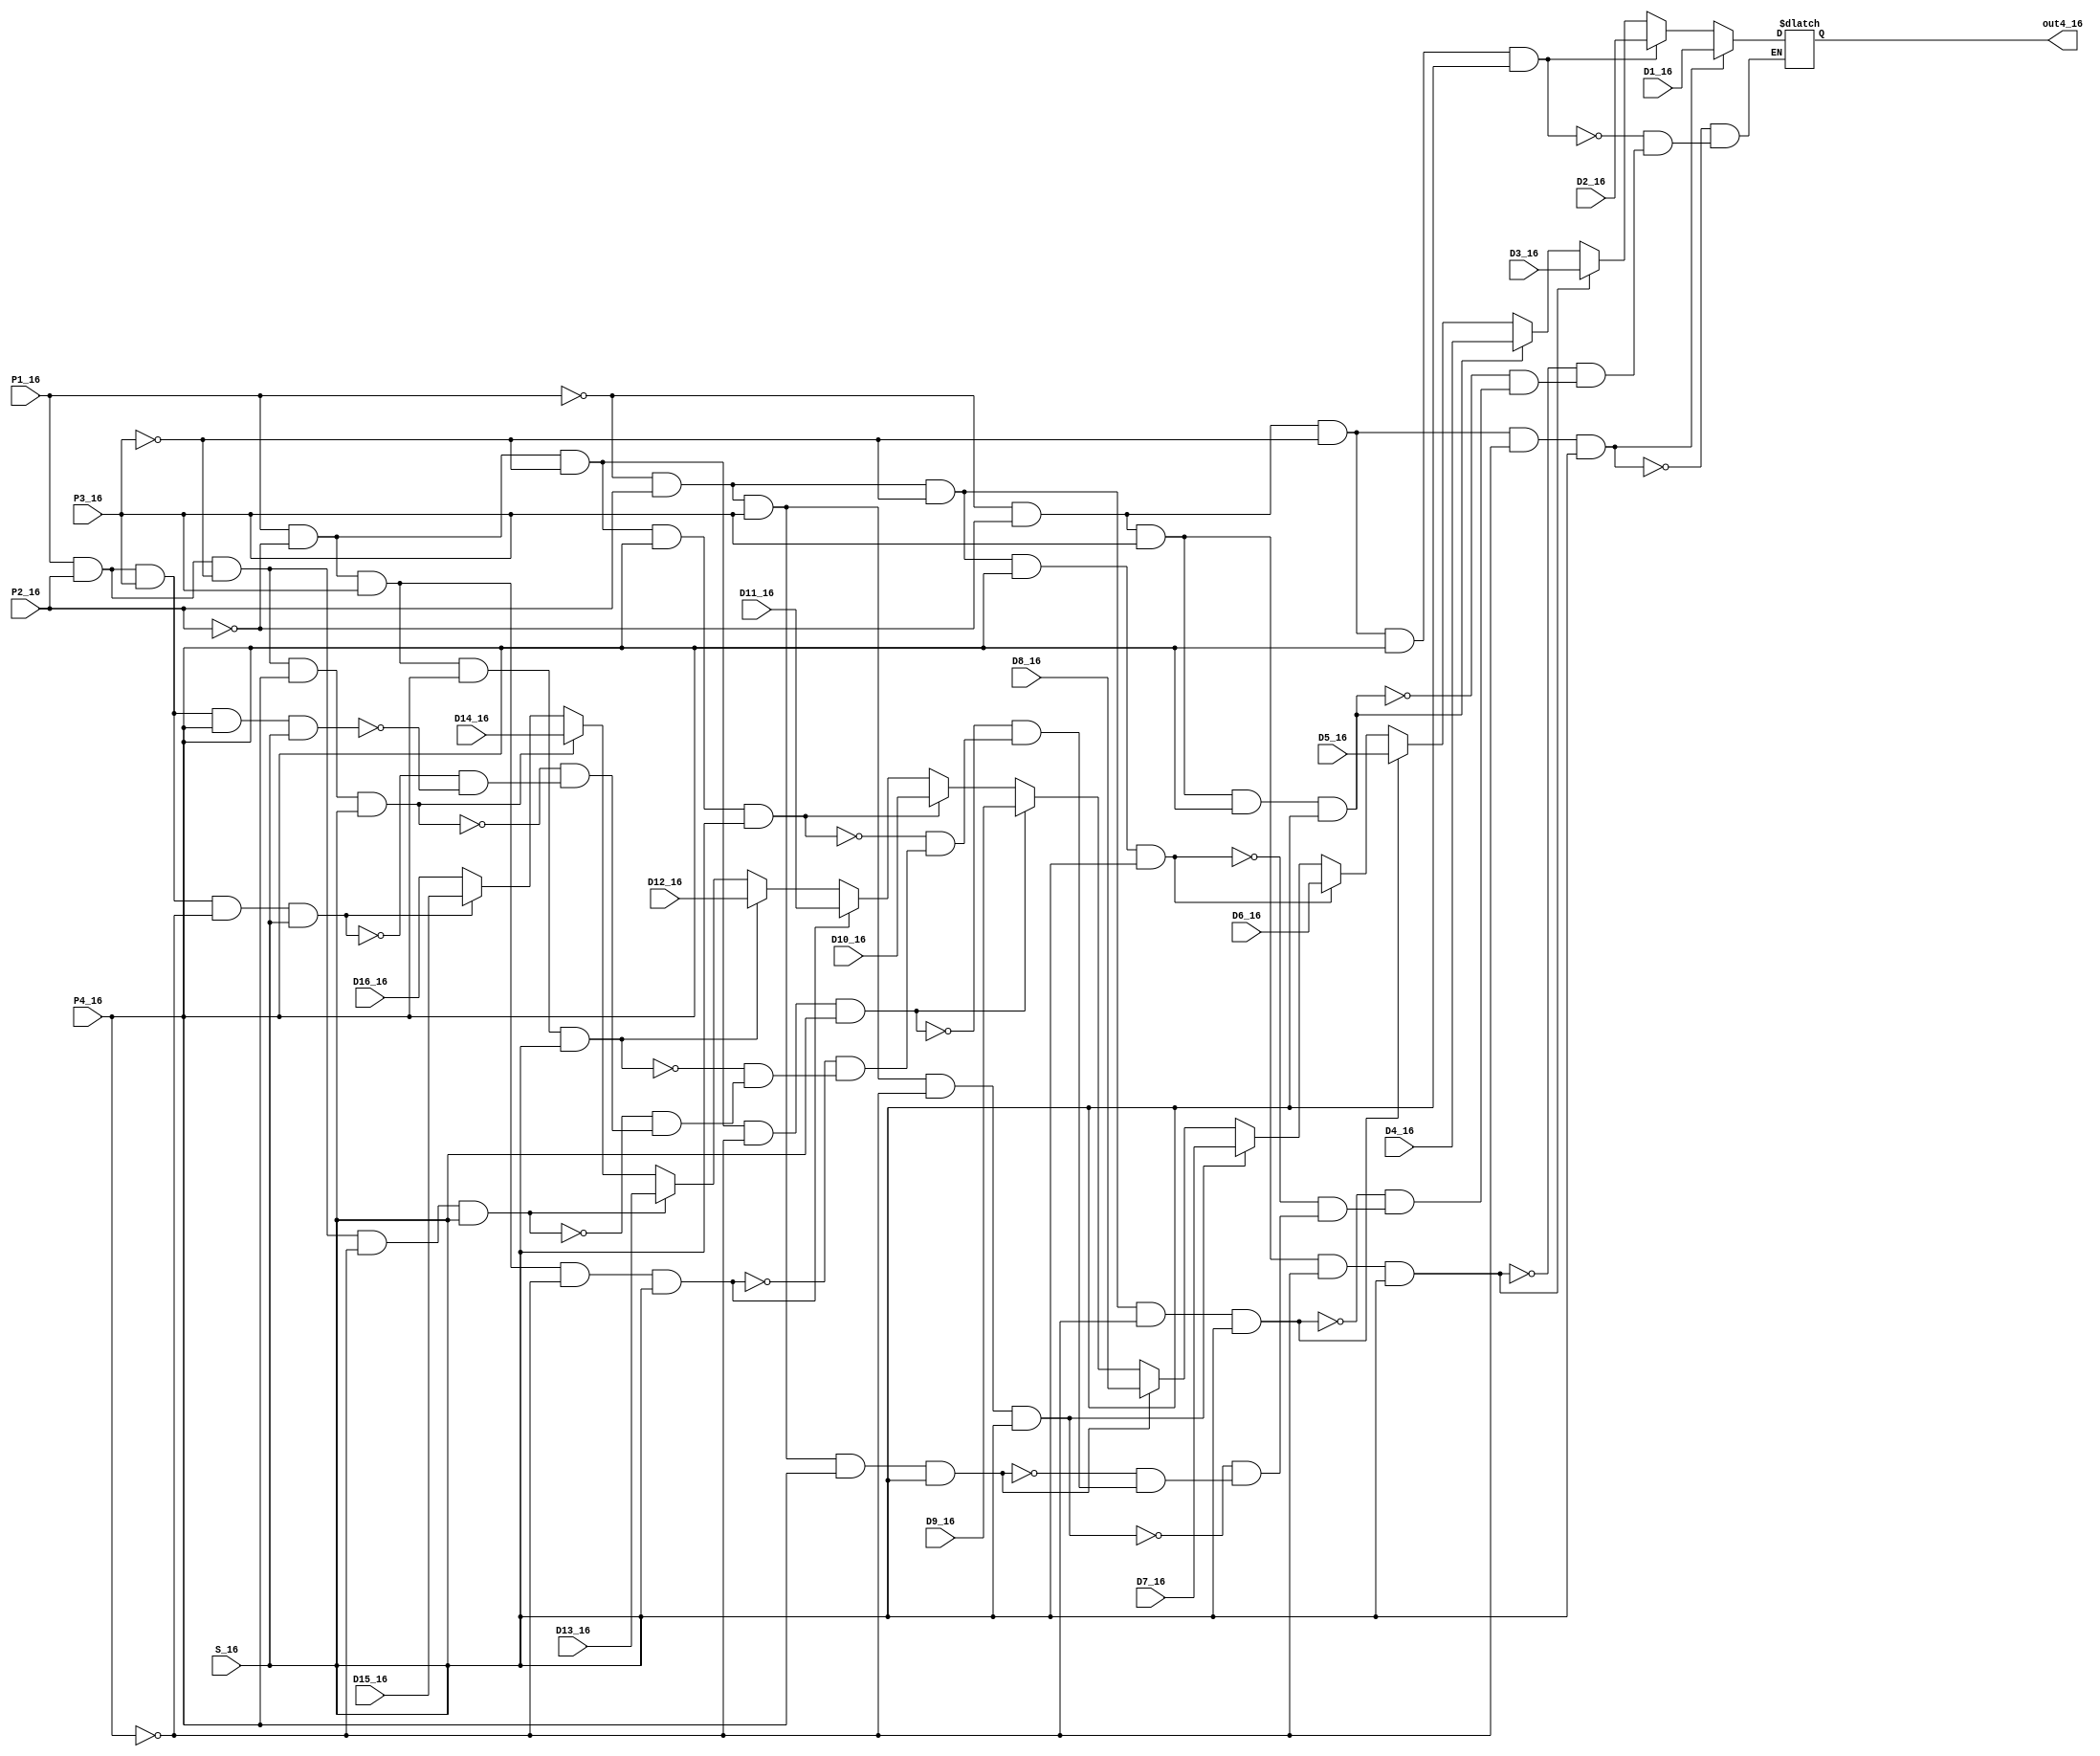
`timescale 1ns / 1ps
//////////////////////////////////////////////////////////////////////////////////
// Company: 
// Engineer: 
// 
// Design Name: 
// Module Name: Data_selector16
// Project Name: 
// Target Devices: 
// Tool Versions: 
// Description: 
// 
// Dependencies: 
// 
// Revision:
// Revision 0.01 - File Created
// Additional Comments:
// 
//////////////////////////////////////////////////////////////////////////////////


module Data_selector16 #(parameter WIDTH=4) (D1_16,D2_16,D3_16,D4_16,D5_16,D6_16,D7_16,D8_16,D9_16,D10_16,D11_16,D12_16,D13_16,D14_16,D15_16,D16_16
,P1_16,P2_16,P3_16,P4_16,S_16,out4_16);
input [WIDTH-1:0] D1_16;
input [WIDTH-1:0] D2_16;
input [WIDTH-1:0] D3_16;
input [WIDTH-1:0] D4_16;
input [WIDTH-1:0] D5_16;
input [WIDTH-1:0] D6_16;
input [WIDTH-1:0] D7_16;
input [WIDTH-1:0] D8_16;
input [WIDTH-1:0] D9_16;
input [WIDTH-1:0] D10_16;
input [WIDTH-1:0] D11_16;
input [WIDTH-1:0] D12_16;
input [WIDTH-1:0] D13_16;
input [WIDTH-1:0] D14_16;
input [WIDTH-1:0] D15_16;
input [WIDTH-1:0] D16_16;
input  S_16;
input  P1_16;
input  P2_16;
input  P3_16;
input  P4_16;
output reg [WIDTH-1:0] out4_16;
always @ * 
begin
if     (((~P1_16)&(~P2_16)&(~P3_16)&(~P4_16))&S_16)  out4_16<=D1_16;
else if(((~P1_16)&(~P2_16)&(~P3_16)&P4_16)&S_16)     out4_16<=D2_16;
else if(((~P1_16)&(~P2_16)&P3_16&(~P4_16))&S_16)     out4_16<=D3_16;
else if(((~P1_16)&(~P2_16)&P3_16&P4_16)&S_16)        out4_16<=D4_16;
else if(((~P1_16)&P2_16&(~P3_16)&(~P4_16))&S_16)     out4_16<=D5_16;
else if(((~P1_16)&P2_16&(~P3_16)&P4_16)&S_16)        out4_16<=D6_16;
else if(((~P1_16)&P2_16&P3_16&(~P4_16))&S_16)        out4_16<=D7_16;
else if(((~P1_16)&P2_16&P3_16&P4_16)&S_16)           out4_16<=D8_16;
else if((P1_16&(~P2_16)&(~P3_16)&(~P4_16))&S_16)     out4_16<=D9_16;
else if((P1_16&(~P2_16)&(~P3_16)&P4_16)&S_16)        out4_16<=D10_16;
else if((P1_16&(~P2_16)&P3_16&(~P4_16))&S_16)        out4_16<=D11_16;//1010
else if((P1_16&(~P2_16)&P3_16&P4_16)&S_16)           out4_16<=D12_16;//1011
else if((P1_16&P2_16&(~P3_16)&(~P4_16))&S_16)       out4_16<=D13_16;//1100
else if((P1_16&P2_16&(~P3_16)&P4_16)&S_16)           out4_16<=D14_16;//1101
else if((P1_16&P2_16&P3_16&(~P4_16))&S_16)           out4_16<=D15_16;//1110
else if((P1_16&P2_16&P3_16&P4_16)&S_16)              out4_16<=D16_16;//1111
end
endmodule